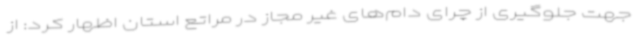
جهت جلوگیری از چرای دام‌های غیر مجاز در مراتع استان اظهار کرد: از